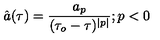
\hat { a } ( \tau ) = \frac { a _ { p } } { ( \tau _ { o } - \tau ) ^ { \mid p \mid } } ; p < 0